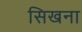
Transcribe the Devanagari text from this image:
सिखना